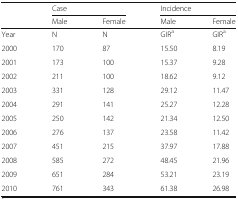
<table><thead><tr><td rowspan="2"></td><td colspan="2"><b>Case</b></td><td colspan="2"><b>Incidence</b></td></tr><tr><td><b>Male</b></td><td><b>Female</b></td><td><b>Male</b></td><td><b>Female</b></td></tr></thead><tbody><tr><td>Year</td><td>N</td><td>N</td><td>GIR<sup>a</sup></td><td>GIR<sup>a</sup></td></tr><tr><td>2000</td><td>170</td><td>87</td><td>15.50</td><td>8.19</td></tr><tr><td>2001</td><td>173</td><td>100</td><td>15.37</td><td>9.28</td></tr><tr><td>2002</td><td>211</td><td>100</td><td>18.62</td><td>9.12</td></tr><tr><td>2003</td><td>331</td><td>128</td><td>29.12</td><td>11.47</td></tr><tr><td>2004</td><td>291</td><td>141</td><td>25.27</td><td>12.28</td></tr><tr><td>2005</td><td>250</td><td>142</td><td>21.34</td><td>12.50</td></tr><tr><td>2006</td><td>276</td><td>137</td><td>23.58</td><td>11.42</td></tr><tr><td>2007</td><td>451</td><td>215</td><td>37.97</td><td>17.88</td></tr><tr><td>2008</td><td>585</td><td>272</td><td>48.45</td><td>21.96</td></tr><tr><td>2009</td><td>651</td><td>284</td><td>53.21</td><td>23.19</td></tr><tr><td>2010</td><td>761</td><td>343</td><td>61.38</td><td>26.98</td></tr></tbody></table>